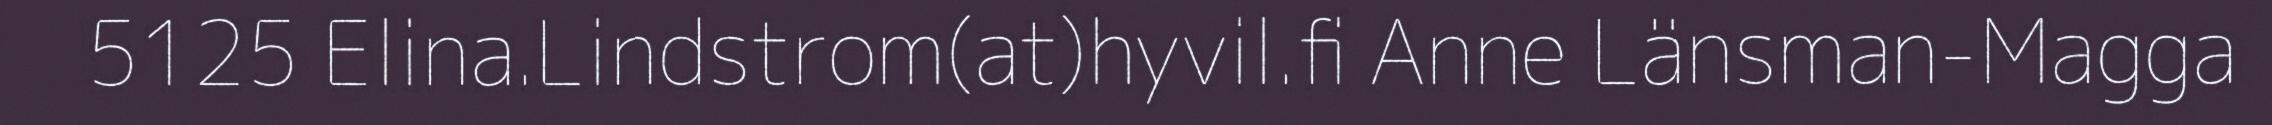
5125 Elina.Lindstrom(at)hyvil.fi Anne Länsman-Magga